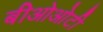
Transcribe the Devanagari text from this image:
बीओओटी